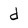
Character: d